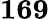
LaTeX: \textbf{169}